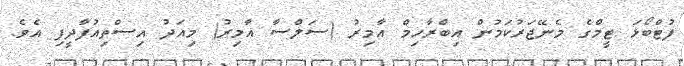
ފުޓްބޯޅަ ޓީމްގެ މެނޭޖަރުކަމުން އިބްރާހިމް އާމިރު (ސަލްސާ އާމިރު) މިއަދު އިސްތިއުފާދީފި އެވެ.